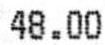
48.00